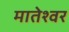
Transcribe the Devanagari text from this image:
मातेश्वर